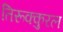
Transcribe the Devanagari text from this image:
तिरूक्कुरल